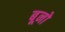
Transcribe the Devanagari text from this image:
बूनो